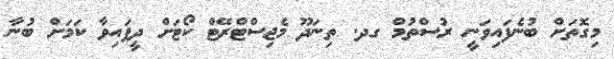
މިގޮތަށް ބުނެފައިވަނީ ރުސްތުމް ގދ. ތިނަދޫ މެޖިސްޓްރޭޓް ކޯޓަށް ދީފައިވާ ކަމަށް ބުނާ